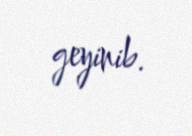
geyinib.